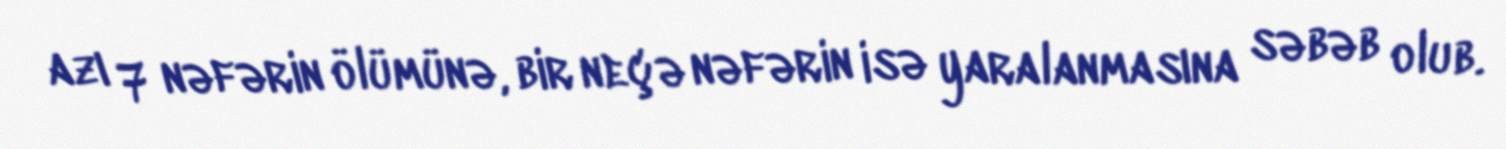
azı 7 nəfərin ölümünə, bir neçə nəfərin isə yaralanmasına səbəb olub.